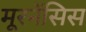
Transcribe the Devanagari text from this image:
मूरनेंसिस